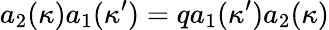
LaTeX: a_{2}(\kappa)a_{1}(\kappa^{\prime})=qa_{1}(\kappa^{\prime})a_{2}(\kappa)